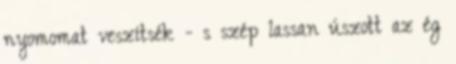
nyomomat veszítsék - s szép lassan úszott az ég